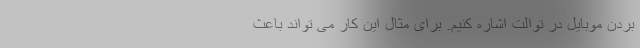
بردن موبایل در توالت اشاره کنیم. برای مثال این کار می تواند باعث